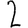
Digit: 2